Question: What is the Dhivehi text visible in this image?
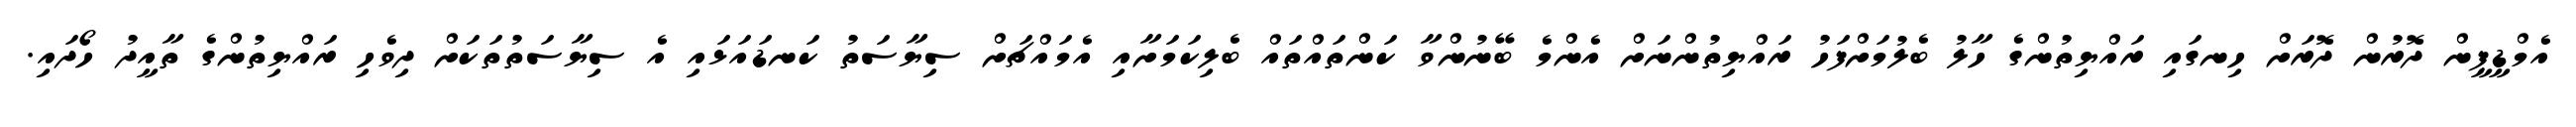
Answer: އެމްޑީޕީން ދޮރުން ދޮރަށް ހިނގައި ރައްޔިތުންގެ ހާލު ބެލުމަށްފަހު ރައްޔިތުންނަށް އެންމެ ބޭނުންވާ ކަންތައްތައް ބެލިކަމަށާއި އެމައްޗަށް ސިޔާސަތު ކަނޑައަޅައި އެ ސިޔާސަތުތަކަށް ދިވެހި ރައްޔިތުންގެ ތާއީދު ހޯދައި.